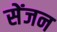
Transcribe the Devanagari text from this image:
सेंजन